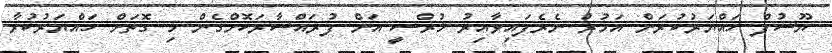
ޔޫސުފް ހައްޔަރުކުރަން އަމުރު ނެރެފައިވާއިރު މުރްސީ އަށް ފުރައްސާރަކޮށްގެން މި ގޮތަށް ހައްޔަރުކުރާ